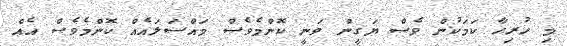
މި ހުރިހާ ކަމަކުން ވެސް ޔަގީން ވަނީ ކޮންމެވެސް މައްސަލައެއް ކޮންމެވެސް އެއް